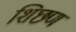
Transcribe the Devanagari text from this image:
शिछण